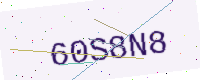
Text: 60S8N8